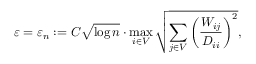
\varepsilon = \varepsilon _ { n } : = C \sqrt { \log n } \cdot \operatorname* { m a x } _ { i \in V } \sqrt { \sum _ { j \in V } \left( \frac { W _ { i j } } { D _ { i i } } \right) ^ { 2 } } ,